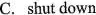
C.shut down